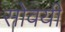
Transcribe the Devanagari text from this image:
सोवयी